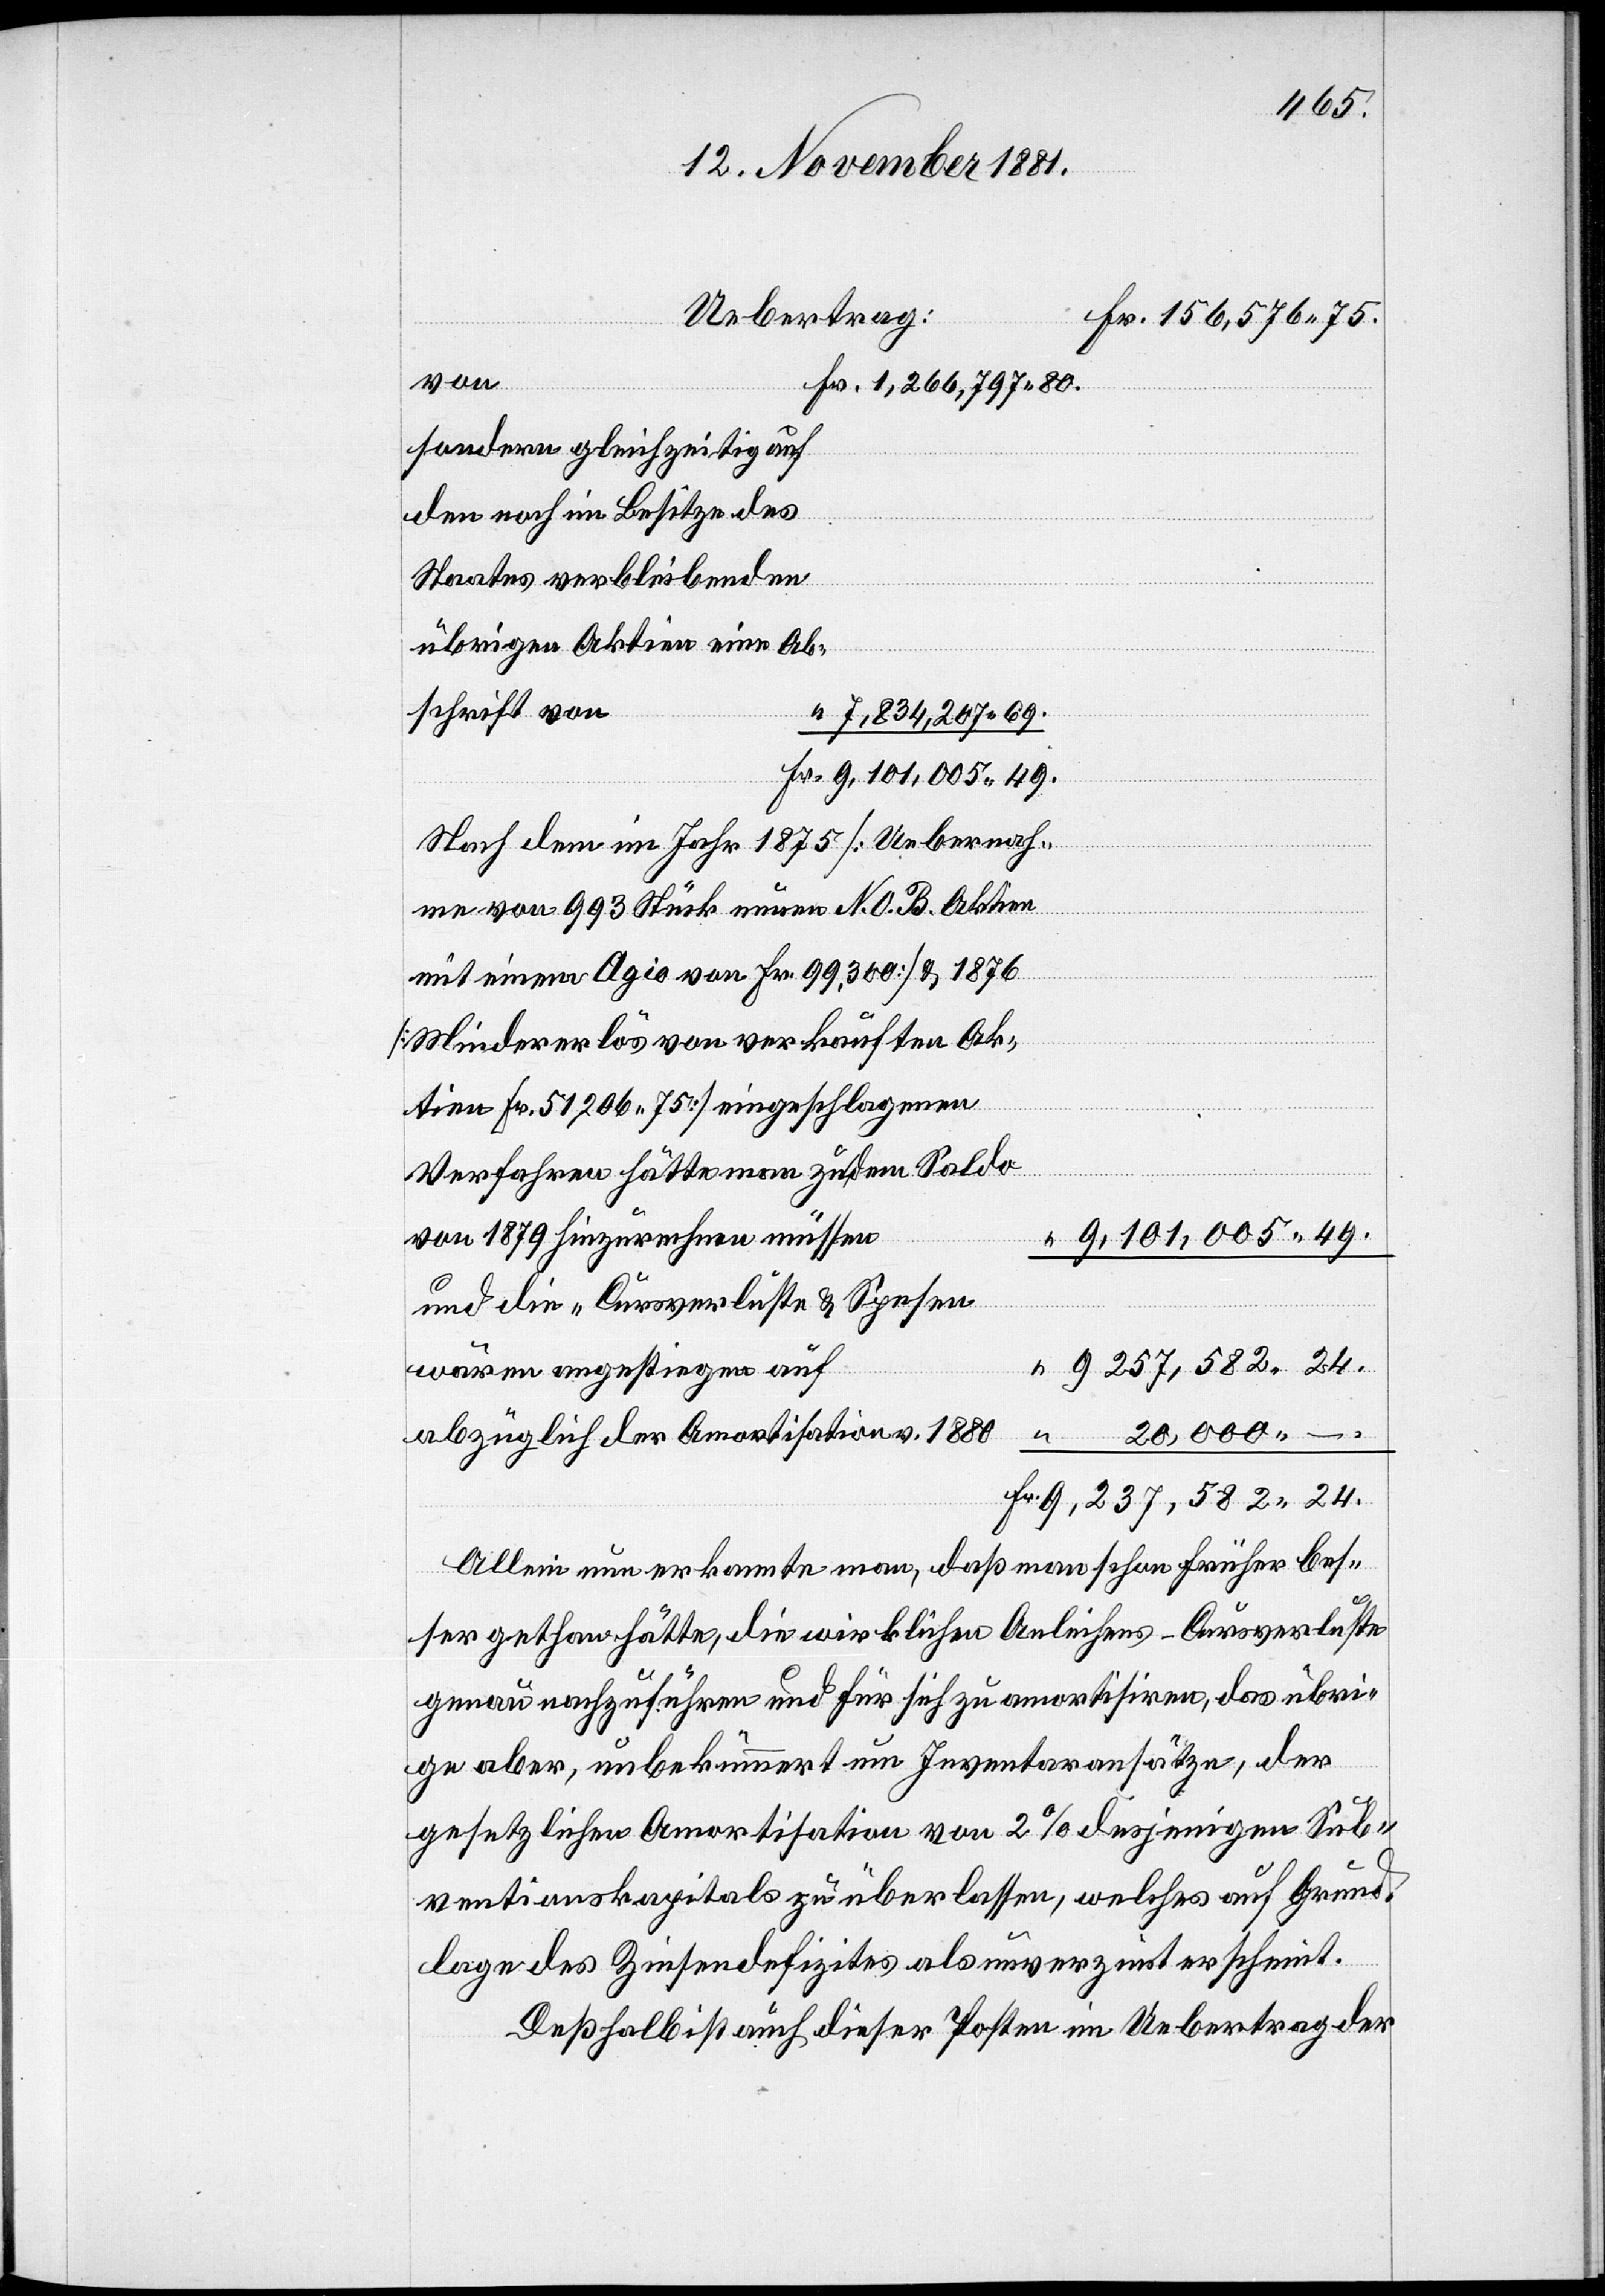
n
1,266,797 80.
sondern gleichzeitig auf
den noch im Besitze des
Staates verbleibenden
übrigen Aktien eine Abs¬
“ 7,834,207 69.
Fr. 9,101,005 49.
Nach dem im Jahr 1875 [Uebernah¬
chrift
me von 993 Stück neuen N. O. B. Aktien
mit einem Agio von Fr. 99,300] & 1876
[Mindererlös von verkauften Ak¬
Fr. 51,206 75] eingeschlagenen
Verfahren hätte man zu dem Saldo
von 1879 hinzurechnen müsse¬
“ 9 257,582 24.
“ 20,000 –
abzüglich der Amortisation v.
Fr. 9,237,582 24.
Allein nun erkannte man, daß man schon früher bes¬
ser gethan hätte, die wirklichen Anleihens-Cursverluste
genau nachzuführen und für sich zu amortisiren, daß übri¬
tien
ge aber, unbekümmert um Inventaransätze, der
gesetzlichen Amortisation von 2% desjenigen Sub¬
ventionskapitals zu überlassen, welches auf Grund¬
lage des Zinsendefizites als unverzinst erscheint.
Deßhalb ist auch dieser Posten im Uebertrag der